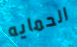
الحمايه